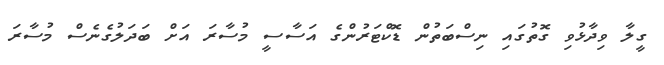
ގީލާ ވިދާޅުވި ގޮތުގައި ނިސްބަތުން ޑޮކްޓަރުންގެ އަސާސީ މުސާރަ އަށް ބަދަލުގެނެސް މުސާރަ